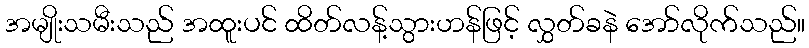
အမျိုးသမီးသည် အထူးပင် ထိတ်လန့်သွားဟန်ဖြင့် လွှတ်ခနဲ အော်လိုက်သည်။